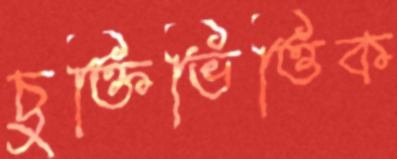
চুক্তিভিত্তিক